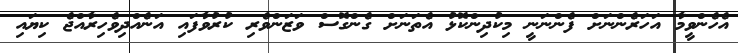
އެހެންވީމާ އަހަރެންނަށް ފެންނަނީ މިކުދިންކޮޅު އެތަނަށް ގެންގޮސް ވަޒަންވެރި ކުރުވާފައި އަނެއްދިވެހިރާއްޖެ ކިޔައި